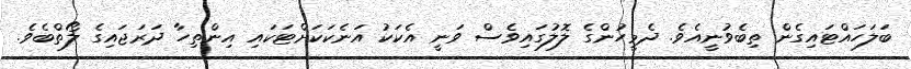
ބަލަހައްޓައިގެން ތިބެވުނީއެވެ. ދެމީހުންގެ ލޮލުގައިވެސް ވަނީ އެކަކު އަނެކަކަށްޓަކައި އިންތިހާ ދަރަޖައިގެ ލޯތްބެވެ.